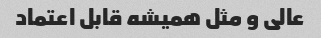
عالی و مثل همیشه قابل اعتماد